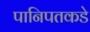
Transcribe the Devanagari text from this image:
पानिपतकडे